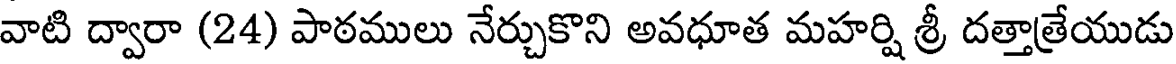
వాటి ద్వారా (24) పాఠములు నేర్చుకొని అవధూత మహర్షి శ్రీ దత్తాత్రేయుడు